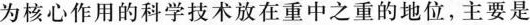
为核心作用的科学技术放在重中之重的地位，主要是